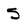
Character: 5